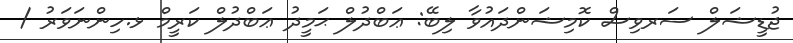
ޖުޑީޝަލް ސަރވިސް ކޮމިޝަންދައުވާ ލިބޭ: ޢަބްދުލް ޙަމީދު ޢަބްދުލް ކަރީމް ޅ.ހިންނަވަރު /